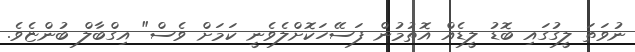
ނުވަތަ ލީގުގައި ބޮޑު ލީޑެއް އޮތުމުން ފަސޭހަކޮށްލެވެނީ ކަމަށް ވެސް" އިގްބާލް ބުންޏެވެ.